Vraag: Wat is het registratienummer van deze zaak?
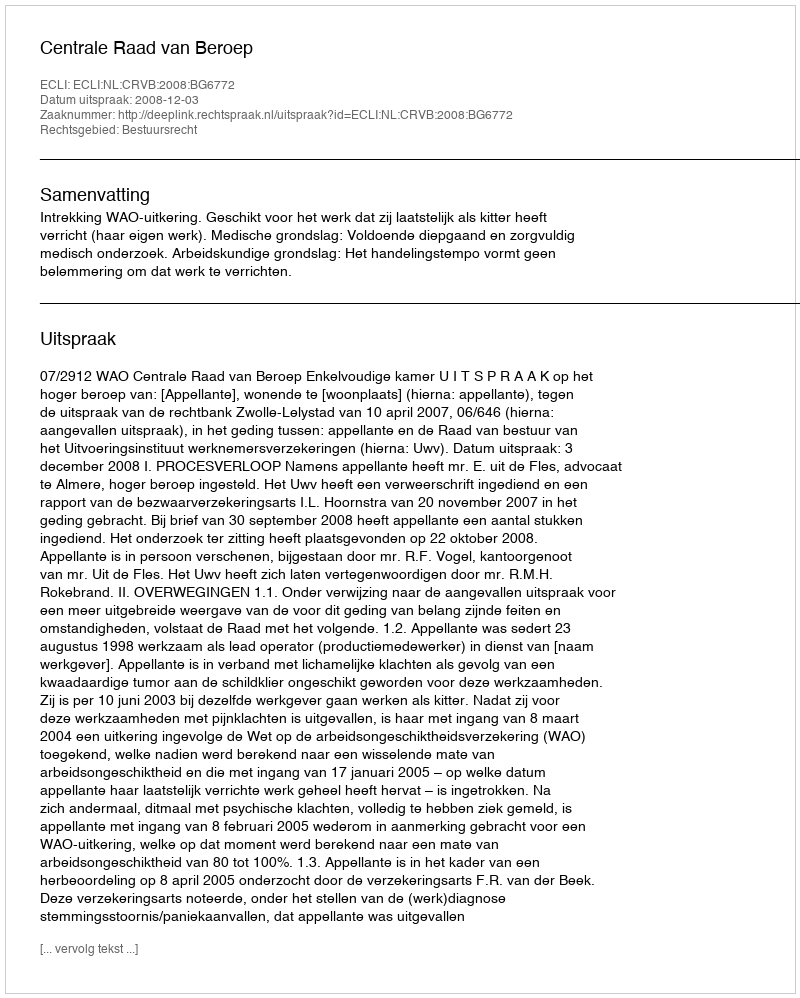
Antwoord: http://deeplink.rechtspraak.nl/uitspraak?id=ECLI:NL:CRVB:2008:BG6772